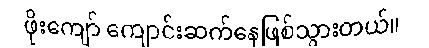
ဖိုးကျော် ကျောင်းဆက်နေဖြစ်သွားတယ်။